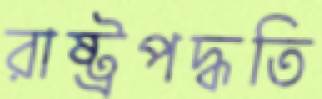
রাষ্ট্রপদ্ধতি